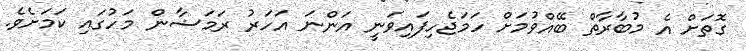
ގޮތަށް އެ މުބާރާތް ބޭއްވުމަށް ހަމަޖެހިފައިވަނީ އަންނަ އަހަރު ރަމަޟާން މަހުގައި ކަމަށެވެ.